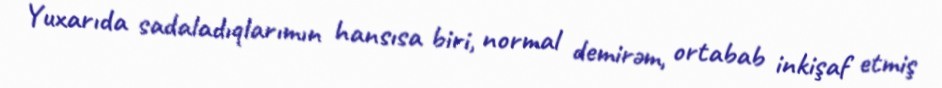
Yuxarıda sadaladıqlarımın hansısa biri, normal demirəm, ortabab inkişaf etmiş